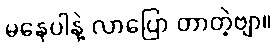
မနေပါနဲ့ လာပြော တာတဲ့ဗျာ။